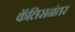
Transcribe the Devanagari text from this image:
कॅलिसनंतर